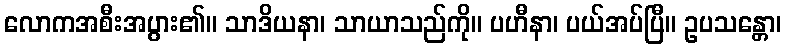
လောကအစီးအပွား၏။ သာဒိယနာ၊ သာယာသည်ကို။ ပဟီနာ၊ ပယ်အပ်ပြီ။ ဥပသန္တော၊